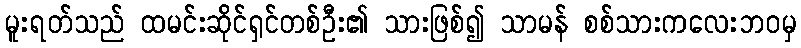
မူးရတ်သည် ထမင်းဆိုင်ရှင်တစ်ဦး၏ သားဖြစ်၍ သာမန် စစ်သားကလေးဘဝမှ